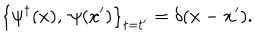
LaTeX: \left\{ \psi ^ { \dagger } ( x ) , ~ \psi ( x ^ { \prime } ) \right\} _ { t = t ^ { \prime } } = \delta ( { \bf x } - { \bf x } ^ { \prime } ) .